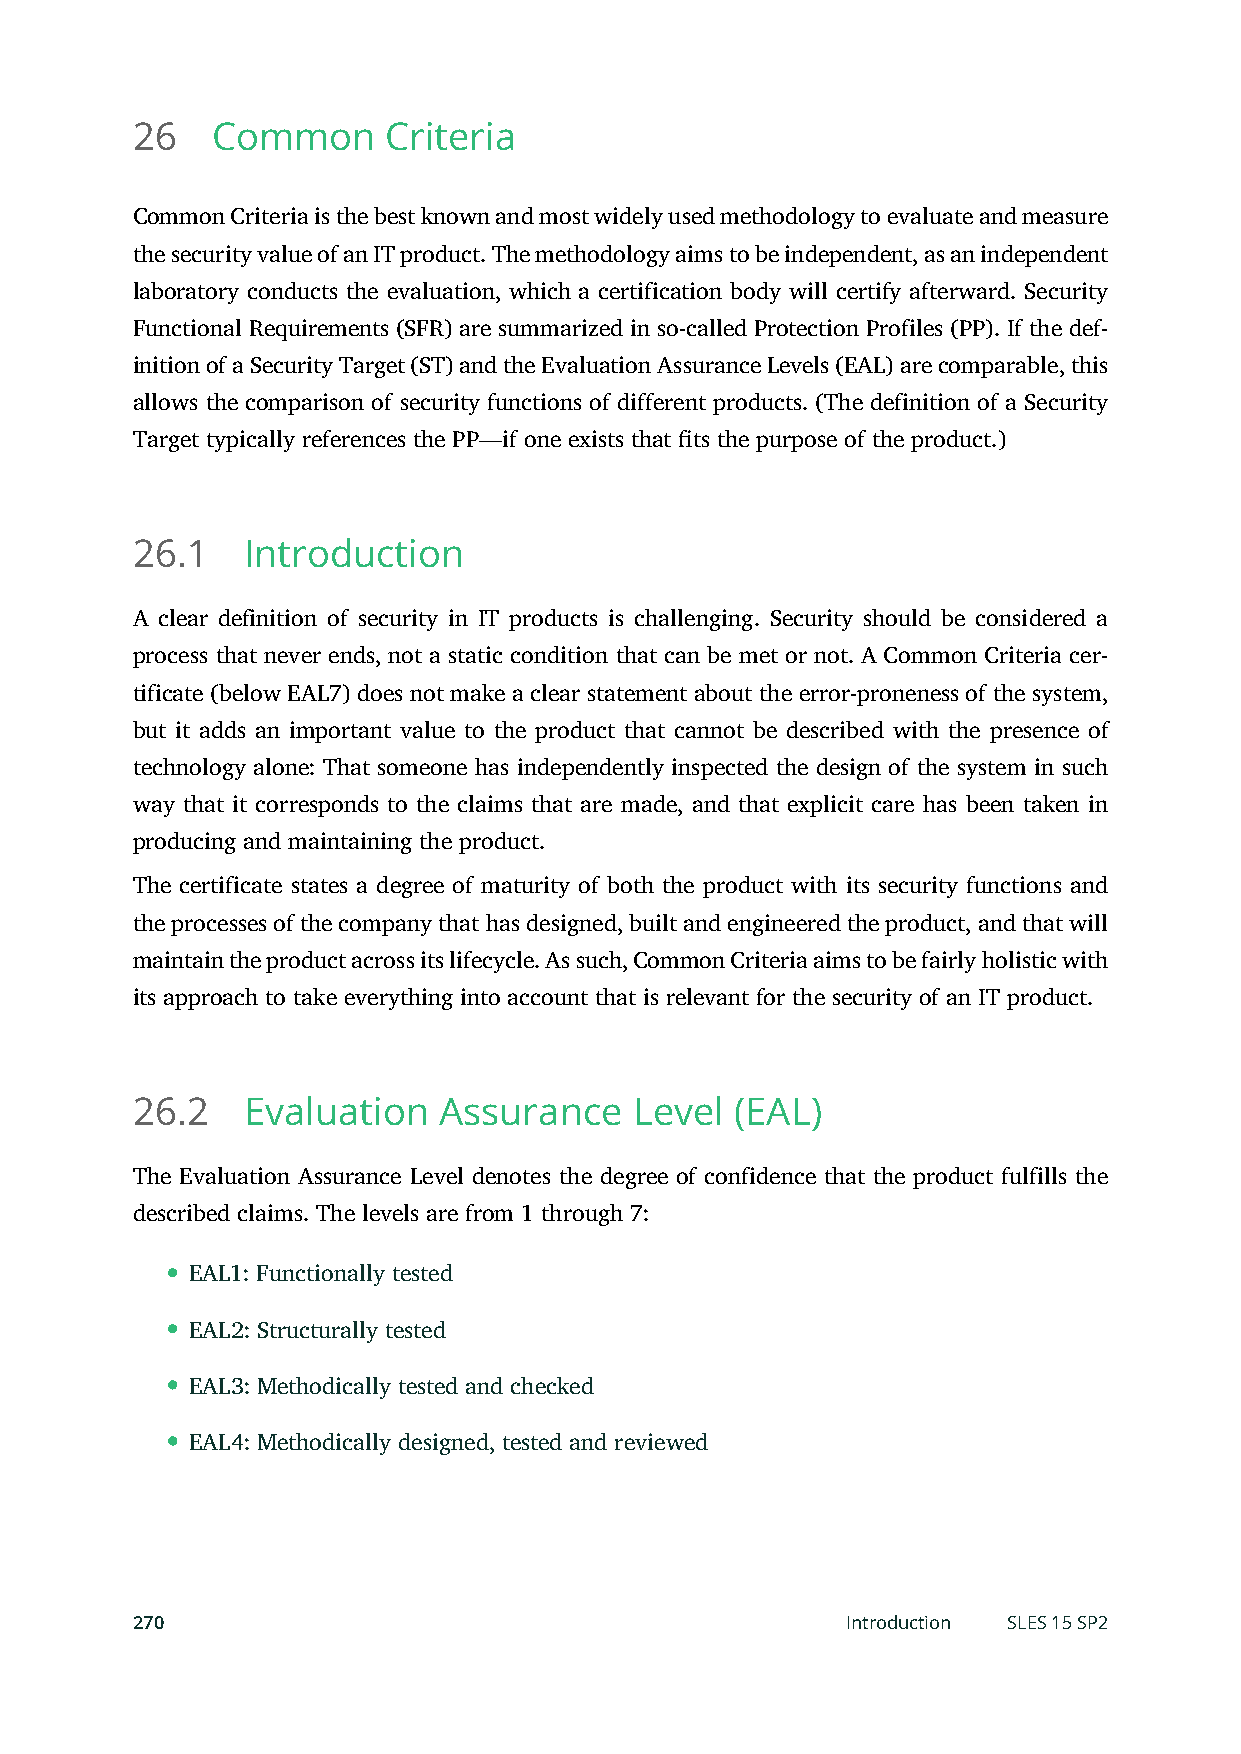
26   Common      Criteria
 Common Criteria is the best known and most widely used methodology to evaluate and measure
 the security value of an IT product. The methodology aims to be independent, as an independent
 laboratory conducts the evaluation, which a certification body will certify afterward. Security
 Functional Requirements (SFR) are summarized in so-called Protection Profiles (PP). If the def-
 inition of a Security Target (ST) and the Evaluation Assurance Levels (EAL) are comparable, this
 allows the comparison of security functions of different products. (The definition of a Security
 Target typically references the PP—if one exists that ts the purpose of the product.)
 26.1   Introduction
 A clear definition of security in IT products is challenging. Security should be considered a
 process that never ends, not a static condition that can be met or not. A Common Criteria cer-
 tificate (below EAL7) does not make a clear statement about the error-proneness of the system,
 but it adds an important value to the product that cannot be described with the presence of
 technology alone: That someone has independently inspected the design of the system in such
 way that it corresponds to the claims that are made, and that explicit care has been taken in
 producing and maintaining the product.
 The certificate states a degree of maturity of both the product with its security functions and
 the processes of the company that has designed, built and engineered the product, and that will
 maintain the product across its lifecycle. As such, Common Criteria aims to be fairly holistic with
 its approach to take everything into account that is relevant for the security of an IT product.
 26.2   Evaluation   Assurance    Level  (EAL)
 The Evaluation Assurance Level denotes the degree of confidence that the product fulfills the
 described claims. The levels are from 1 through 7:
 EAL1: Functionally tested
 EAL2: Structurally tested
 EAL3: Methodically tested and checked
 EAL4: Methodically designed, tested and reviewed
 270                                            Introduction SLES 15 SP2